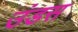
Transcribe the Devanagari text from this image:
उंडस